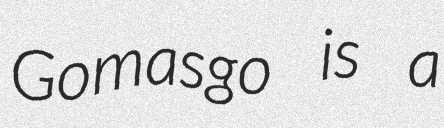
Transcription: Gomasgo is a